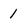
Character: 1